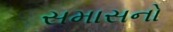
સમાસનો